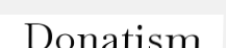
Donatism